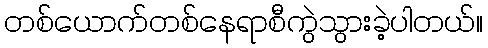
တစ်ယောက်တစ်နေရာစီကွဲသွားခဲ့ပါတယ်။